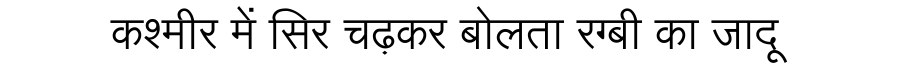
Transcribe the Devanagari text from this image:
कश्मीर में सिर चढ़कर बोलता रग्बी का जादू